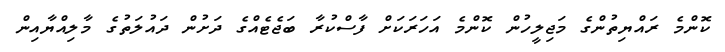
ކޮންމެ ރައްޔިތުންގެ މަޖިލީހުން ކޮންމެ އަހަރަކަށް ފާސްކުރާ ބަޖެޓެއްގެ ދަށުން ދައުލަތުގެ މާލިއްޔާއިން